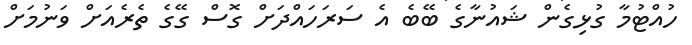
ހުއްޓުމާ ގުޅިގެން ޝައުނާގެ ބޭބެ އެ ސަރަހައްދަށް ގޮސް ގޭގެ ތެރެއަށް ވަނުމަށް